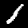
Label: 1